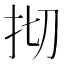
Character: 𢪃